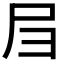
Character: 𡰩